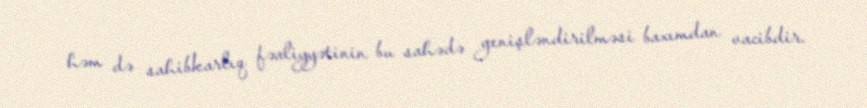
həm də sahibkarlıq fəaliyyətinin bu sahədə genişləndirilməsi baxımdan vacibdir.